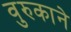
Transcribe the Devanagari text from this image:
वुरुकाने